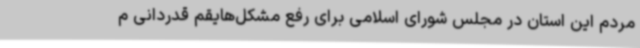
مردم این استان در مجلس شورای اسلامی برای رفع مشکل‌هایقم قدردانی م